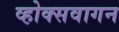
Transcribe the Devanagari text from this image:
व्होक्सवागन